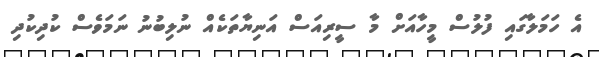
އެ ހަމަލާގައި ފުލުސް މީހާއަށް މާ ސީރިއަސް އަނިޔާތަކެއް ނުލިބުނު ނަމަވެސް ކުދިކުދި